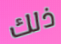
ذلك